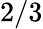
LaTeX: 2/3